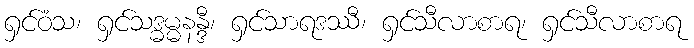
ရှင်ဝံသ၊ ရှင်သဒ္ဓမ္မနန္ဒီ၊ ရှင်သာရဒဿီ၊ ရှင်သီလာစာရ၊ ရှင်သီလာစာရ